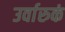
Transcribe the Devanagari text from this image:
उर्वारुकं